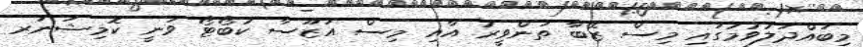
މިބައްދަލުވުމުގައި މިސް ޒޭބާ ތަންވީރު އާއި މިސް އަޒޫސާ ކުބޯޓޯ ވަނީ ކޮމިޝަނަރ